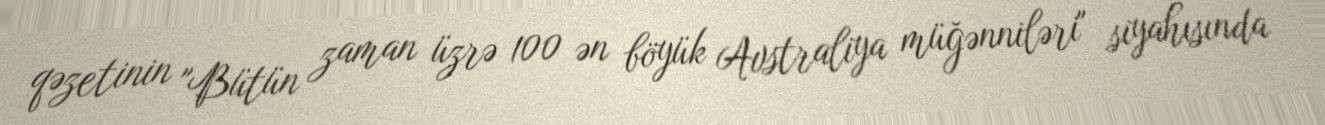
qəzetinin "Bütün zaman üzrə 100 ən böyük Avstraliya müğənniləri" siyahısında